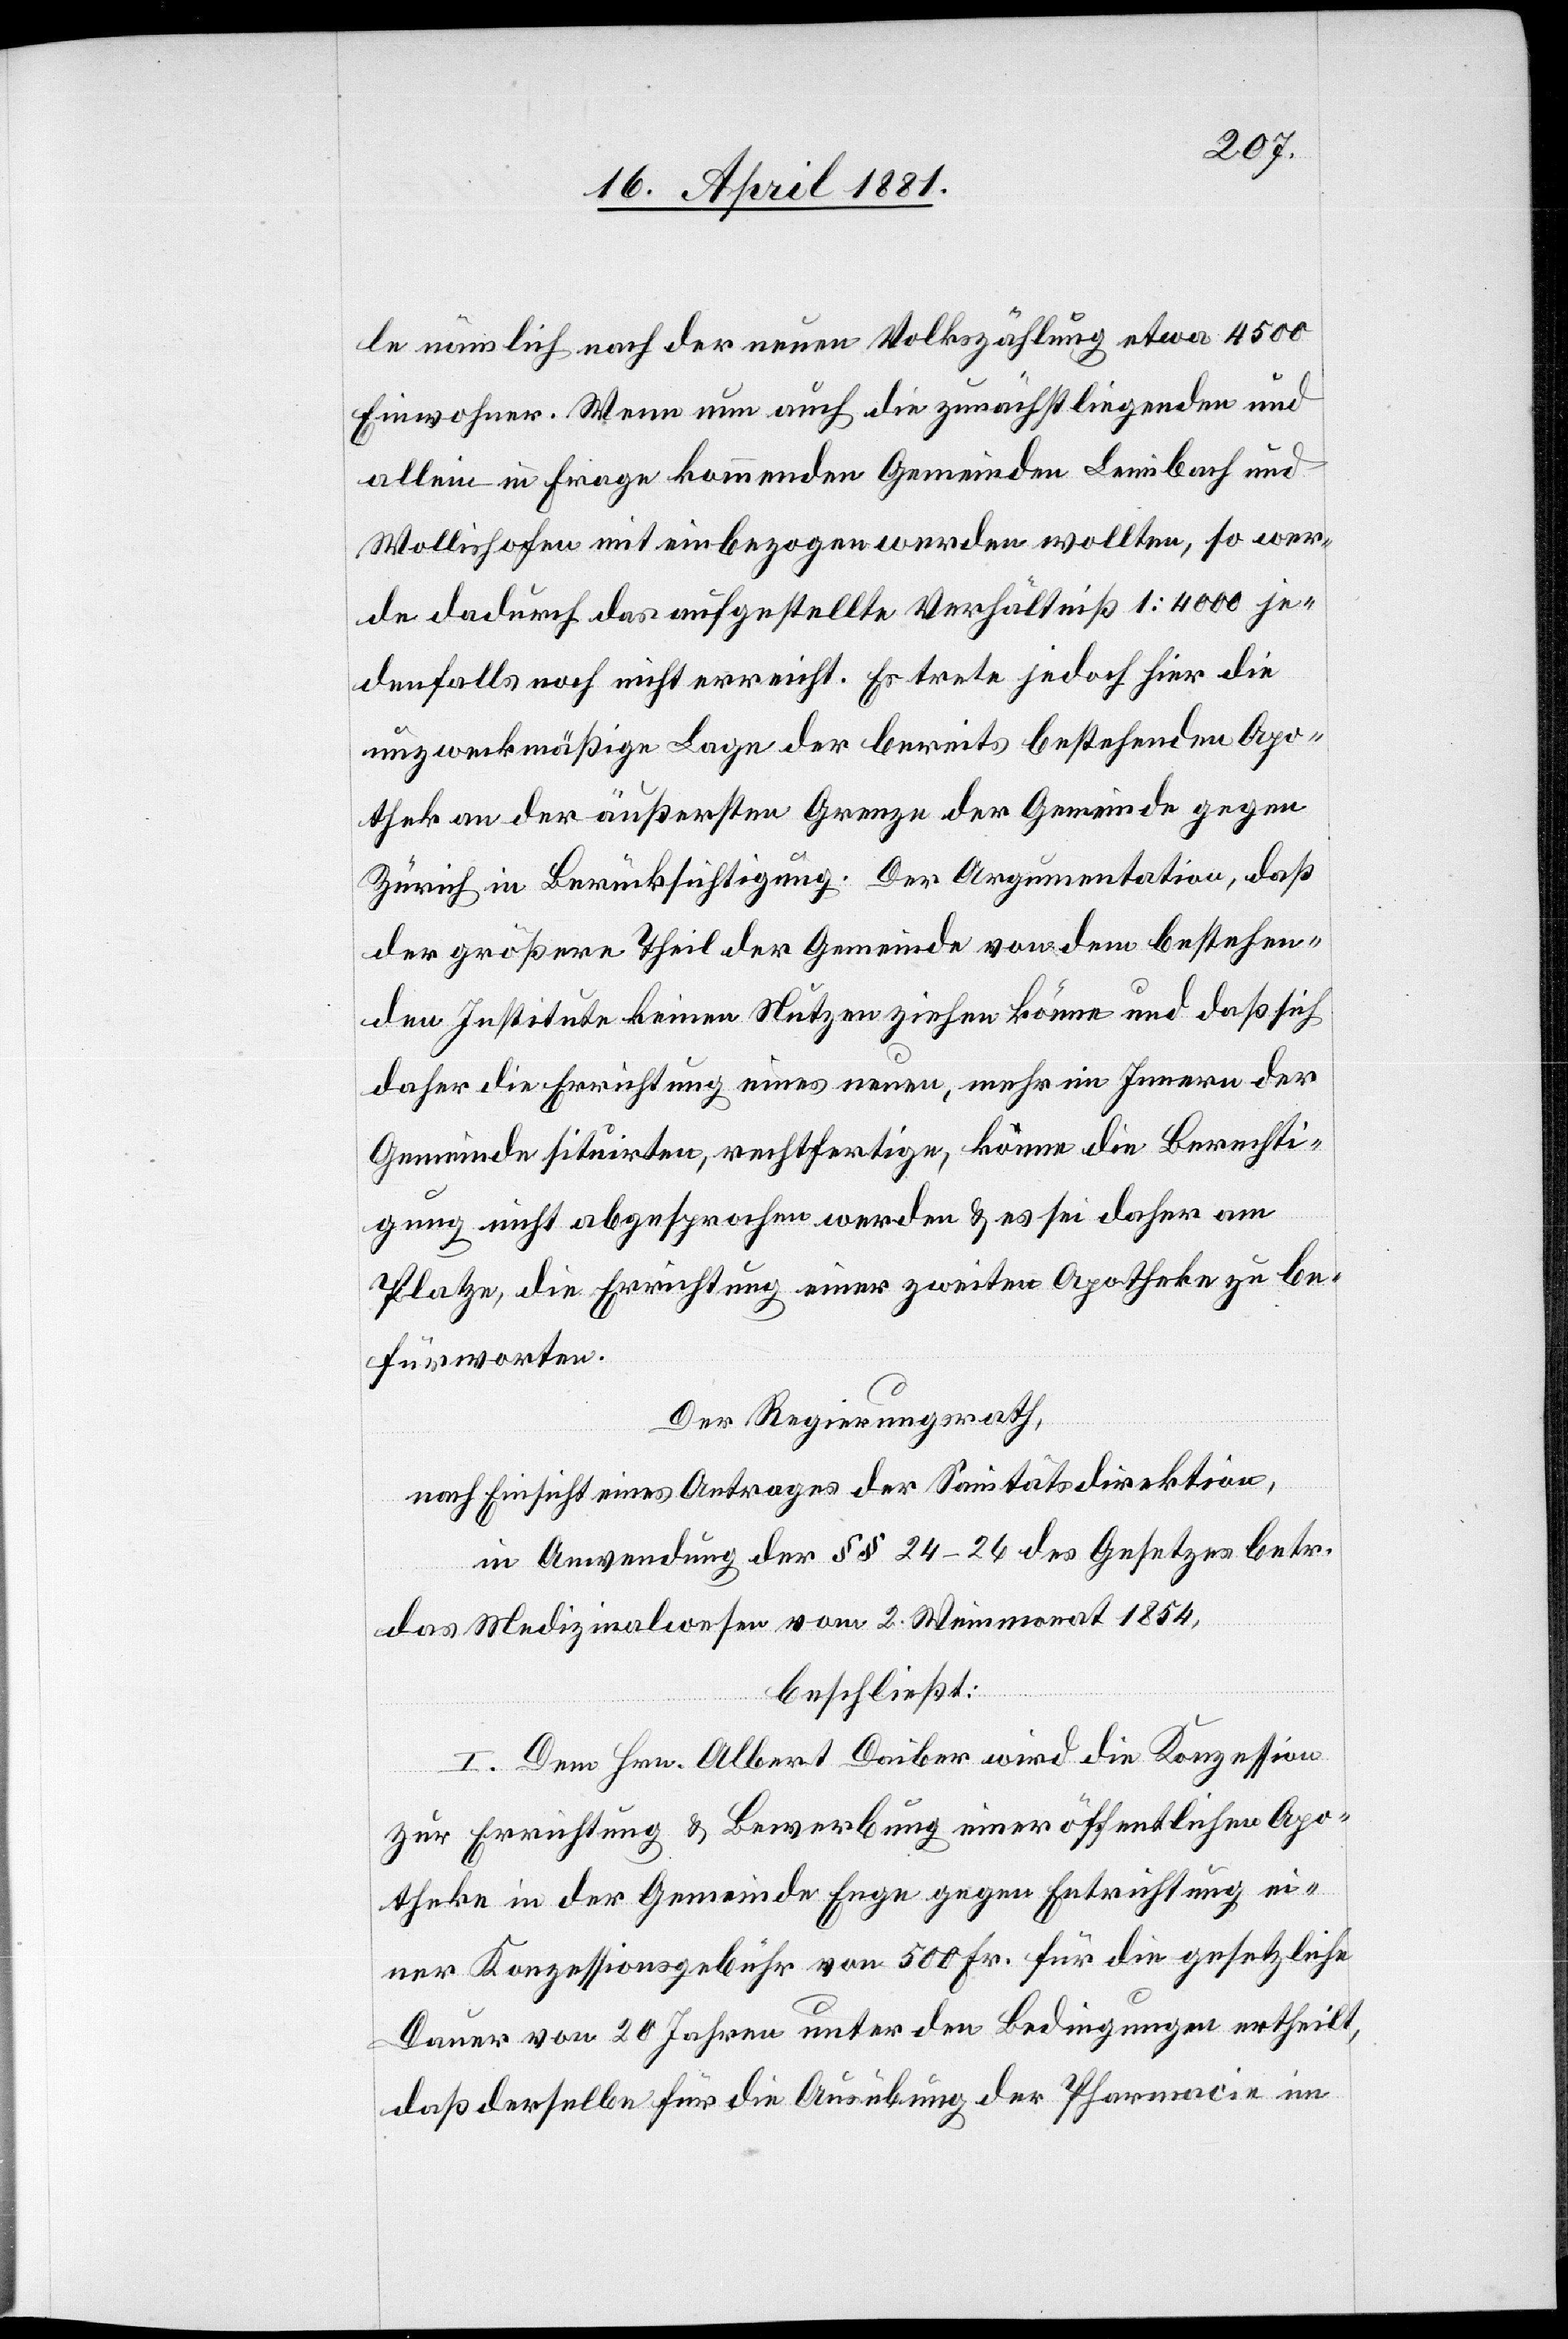
le nämlich nach der neuen Volkszählung etwa 4500
Einwohner. Wenn nun auch die zunächst liegenden und
allein in Frage kommenden Gemeinden Leimbach und
Wollishofen mit einbezogen werden wollten, so wer¬
de dadurch das aufgestellte Verhältniß 1:4000 je¬
denfalls noch nicht erreicht. Es trete jedoch hier die
unzweckmäßige Lage der bereits bestehenden Apo¬
theke an der äußersten Grenze der Gemeinde gegen
Zürich in Berücksichtigung. Der Argumentation, daß
der größere Theil der Gemeinde von dem bestehen¬
den Institute keinen Nutzen ziehen könne und daß sich
daher die Errichtung eines neuen, mehr im Innern der
Gemeinde situirten, rechtfertige, könne die Berechti¬
gung nicht abgesprochen werden & es sei daher am
Platze, die Errichtung einer zweiten Apotheke zu be¬
fürworten.
Der Regierungsrath,
nach Einsicht eines Antrages der Sanitätsdirektion,
in Anwendung der §§ 24–26 des Gesetzes betr.
das Medizinalwesen vom 2. Weinmonat 1854,
beschließt:
I. Dem Hrn. Albert Daiber wird die Konzession
zur Errichtung & Bewerbung einer öffentlichen Apo¬
theke in der Gemeinde Enge gegen Entrichtung ei¬
ner Konzessionsgebühr von 500 Fr. für die gesetzliche
Dauer von 20 Jahren unter den Bedingungen ertheilt,
daß derselbe für die Ausübung der Pharmacie im